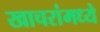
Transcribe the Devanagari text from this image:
खाचरांमध्ये